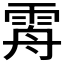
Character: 𩂤